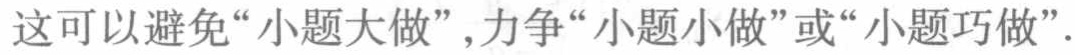
这可以避免“小题大做”，力争“小题小做”或“小题巧做”.